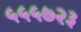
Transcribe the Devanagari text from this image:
५५५७२३